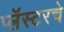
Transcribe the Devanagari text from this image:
प्लॅस्टरचे